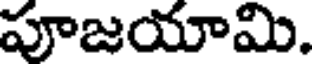
పూజయామి.